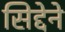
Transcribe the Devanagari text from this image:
सिद्देने